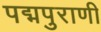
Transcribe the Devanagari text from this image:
पद्मपुराणी